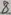
Text: 8